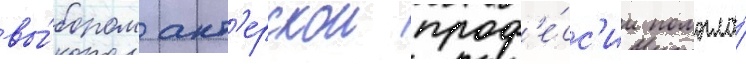
вы́бором акт'ерскои проф'е́сс'ии помогла́